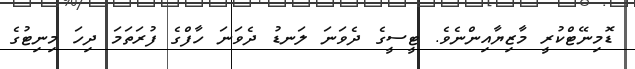
ޑޮމިނޭޓްކުރީ މާޒިޔާއިންނެވެ. ޓީސީގެ ދެވަނަ ލަނޑު ދެވަނަ ހާފްގެ ފުރަތަމަ ދިހަ މިނިޓުގެ